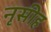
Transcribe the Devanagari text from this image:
नृसीह